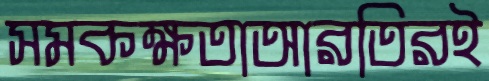
সমকক্ষতাআরতিরই